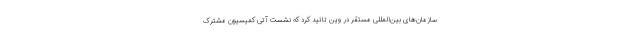
سازمان‌های بین‌المللی مستقر در وین تائید کرد که نشست آتی کمیسیون مشترک